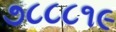
૭૮૮૮૧૯